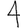
Digit: 4